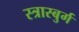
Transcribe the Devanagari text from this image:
स्त्रास्बुर्ग